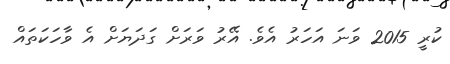
ކުރީ 2015 ވަނަ އަހަރު އެވެ. އޭރު ވަރަށް ގަދަޔަށް އެ ވާހަކަތައް